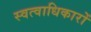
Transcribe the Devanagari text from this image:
स्वत्वाधिकारों